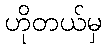
ဟိုတယ်မှ